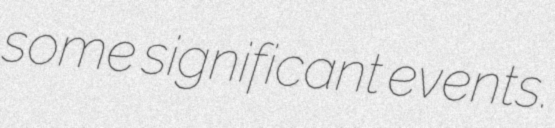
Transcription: some significant events.